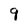
Character: 9